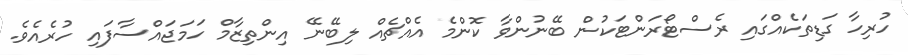
ހުރިހާ ގަޑިތަކެއްގައި ރެސްޓޯރަންޓަކުން ބޭނުންވާ ކޮންމެ އެއްޗެއް ލިބޭނޭ އިންތިޒާމް ހަމަޖައްސާފައި ހުރެއެވެ.